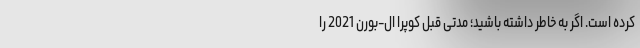
کرده است. اگر به خاطر داشته باشید؛ مدتی قبل کوپرا ال-بورن 2021 را